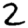
Digit: 2